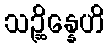
သဉ္ဆိန္နေဟိ